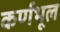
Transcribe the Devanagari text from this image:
कर्णभूल